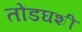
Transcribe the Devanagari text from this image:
तोंडघशी